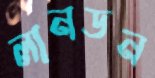
লানডন